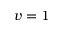
v = 1